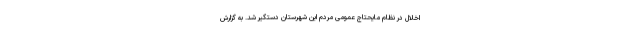
اخلال در نظام مایحتاج عمومی مردم این شهرستان دستگیر شد. به گزارش